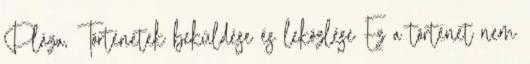
Pláza, Történetek beküldése és leközlése Ez a történet nem